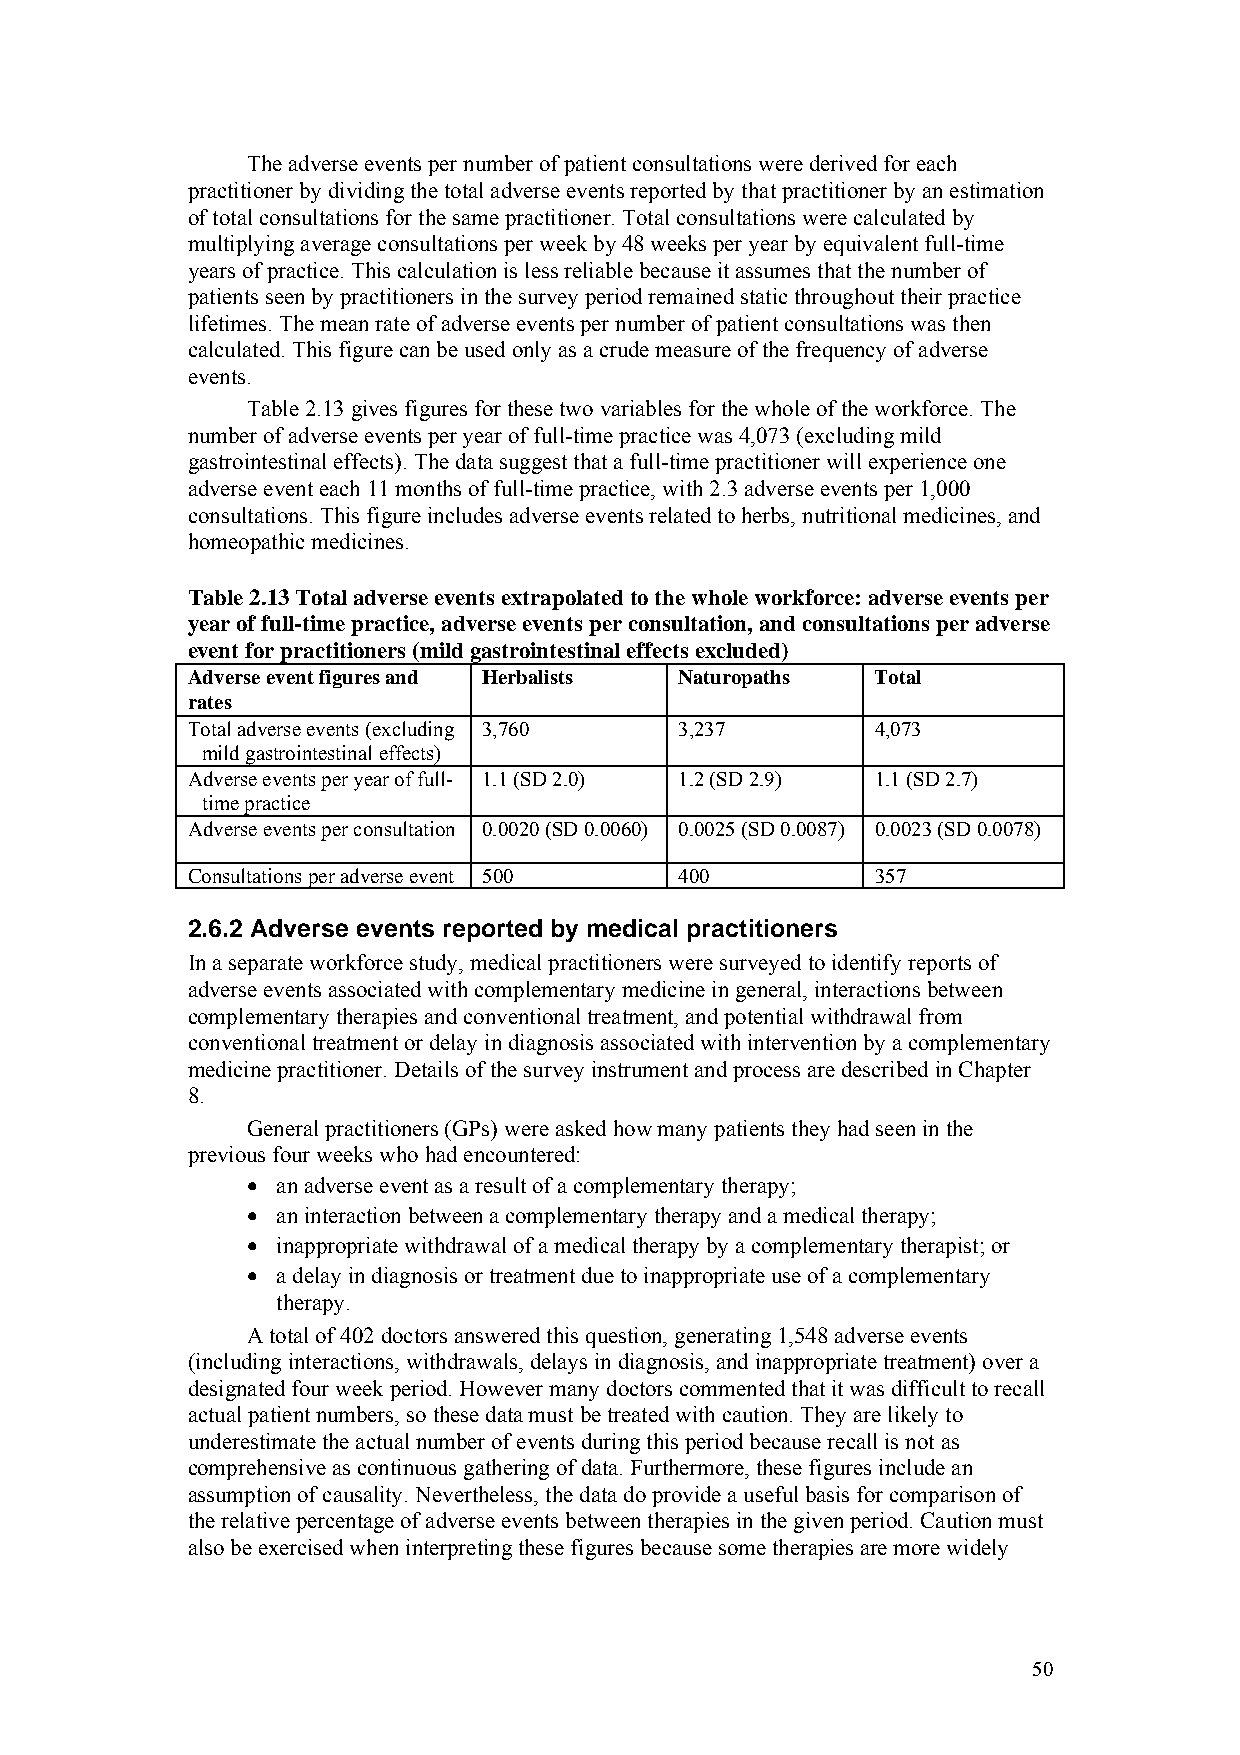
The adverse events per number of patient consultations were derived for each
 practitioner by dividing the total adverse events reported by that practitioner by an estimation
 of total consultations for the same practitioner. Total consultations were calculated by
 multiplying average consultations per week by 48 weeks per year by equivalent full-time
 years of practice. This calculation is less reliable because it assumes that the number of
 patients seen by practitioners in the survey period remained static throughout their practice
 lifetimes. The mean rate of adverse events per number of patient consultations was then
 calculated. This figure can be used only as a crude measure of the frequency of adverse
 events.
 Table 2.13 gives figures for these two variables for the whole of the workforce. The
 number of adverse events per year of full-time practice was 4,073 (excluding mild
 gastrointestinal effects). The data suggest that a full-time practitioner will experience one
 adverse event each 11 months of full-time practice, with 2.3 adverse events per 1,000
 consultations. This figure includes adverse events related to herbs, nutritional medicines, and
 homeopathic medicines.
 Table 2.13 Total adverse events extrapolated to the whole workforce: adverse events per
 year of full-time practice, adverse events per consultation, and consultations per adverse
 event for practitioners (mild gastrointestinal effects excluded)
 Adverse event figures and Herbalists Naturopaths Total
 rates
 Total adverse events (excluding 3,760 3,237   4,073
 mild gastrointestinal effects)
 Adverse events per year of full- 1.1 (SD 2.0) 1.2 (SD 2.9) 1.1 (SD 2.7)
 time practice
 Adverse events per consultation 0.0020 (SD 0.0060) 0.0025 (SD 0.0087) 0.0023 (SD 0.0078)
 Consultations per adverse event 500 400       357
 2.6.2 Adverse events reported by medical practitioners
 In a separate workforce study, medical practitioners were surveyed to identify reports of
 adverse events associated with complementary medicine in general, interactions between
 complementary therapies and conventional treatment, and potential withdrawal from
 conventional treatment or delay in diagnosis associated with intervention by a complementary
 medicine practitioner. Details of the survey instrument and process are described in Chapter
 8.
 General practitioners (GPs) were asked how many patients they had seen in the
 previous four weeks who had encountered:
 • an adverse event as a result of a complementary therapy;
 • an interaction between a complementary therapy and a medical therapy;
 • inappropriate withdrawal of a medical therapy by a complementary therapist; or
 • a delay in diagnosis or treatment due to inappropriate use of a complementary
 therapy.
 A total of 402 doctors answered this question, generating 1,548 adverse events
 (including interactions, withdrawals, delays in diagnosis, and inappropriate treatment) over a
 designated four week period. However many doctors commented that it was difficult to recall
 actual patient numbers, so these data must be treated with caution. They are likely to
 underestimate the actual number of events during this period because recall is not as
 comprehensive as continuous gathering of data. Furthermore, these figures include an
 assumption of causality. Nevertheless, the data do provide a useful basis for comparison of
 the relative percentage of adverse events between therapies in the given period. Caution must
 also be exercised when interpreting these figures because some therapies are more widely
 50